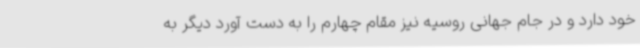
خود دارد و در جام جهانی روسیه نیز مقام چهارم را به دست آورد دیگر به